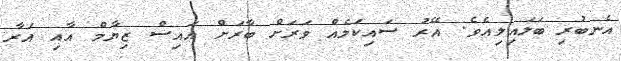
އެނބުރި ބަލައިލިއެވެ. އޭރު ސައިކަލެއް ވަރަށް ބާރަށް އައިސް ޒިޔާމް އާއި އަރާ